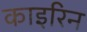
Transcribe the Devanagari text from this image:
काइरिन